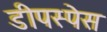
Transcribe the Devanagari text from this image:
डीपस्पेस